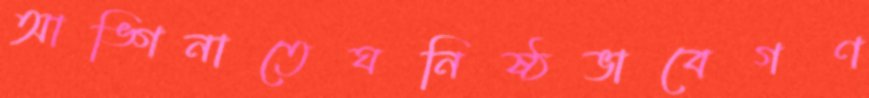
আঙ্গিনাতেঘনিষ্ঠভাবেগণ